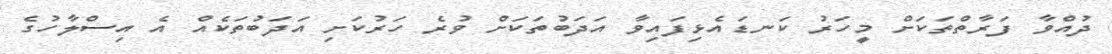
ދުއްވާ ފަރާތްތަކަށް މީހަރު ކަނޑައެޅިފައިވާ އަދަބުތަކަށް ވުރެ ހަރުކަށި އަދަބުތަކެއް އެ އިސްލާހުގެ